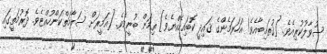
ސުވާލުކުރިއެވެ. [ޤުތައިބާއެވެ! އަހަރަމެންގެ ޤައިދީ ކޮބައިހެއްޔެވެ] ތިމަން ބުނީމެވެ. [އަމީރަށް ސަލާމަތްކަންހުއްޓެވެ. ދޮރުމަތީގައި